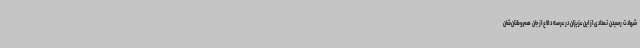
شهادت رسیدن تعدادی از این عزیزان در عرصه دفاع از جان هم‌وطنان‌شان